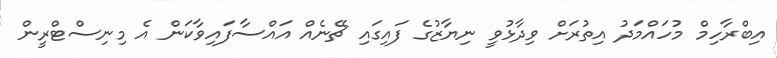
އިބްރާހިމް މުހައްމަދު އިތުރަށް ވިދާޅުވީ ނިޔާޒުގެ ފައިގައި ޗޭނެއް އައްސާފައިވާކަން އެ މިނިސްޓްރީން